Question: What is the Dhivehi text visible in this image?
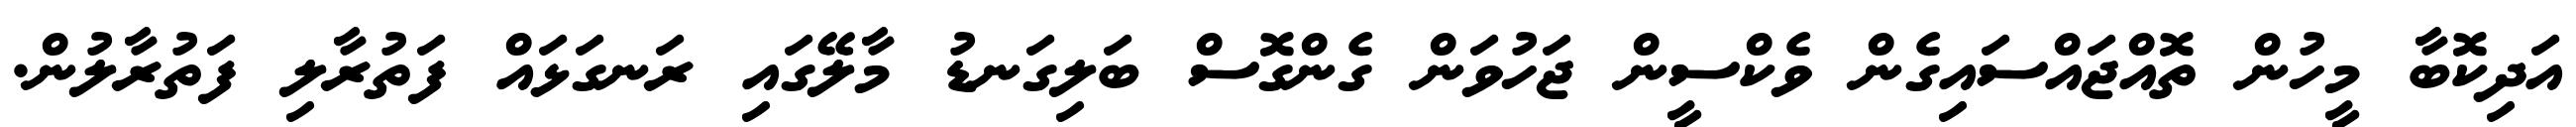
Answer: އަދިކޮބާ މީހުން ތޮއްޖައްސައިގެން ވެކްސީން ޖަހުވަން ގެންގޮސް ބަލިގަނޑު މާލޭގައި ރަނގަޅައް ފަތުރާލި ފަތުރާލުން.